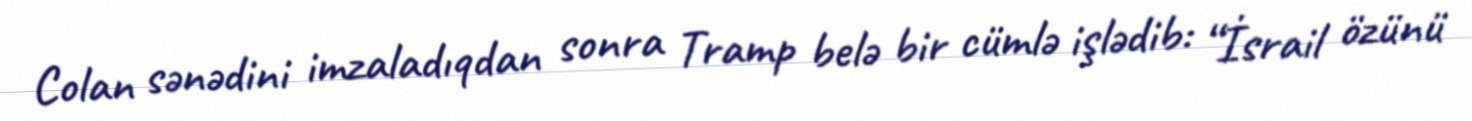
Colan sənədini imzaladıqdan sonra Tramp belə bir cümlə işlədib: “İsrail özünü